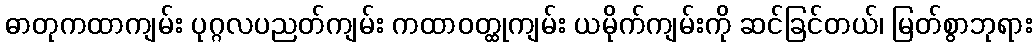
ဓာတုကထာကျမ်း ပုဂ္ဂလပညတ်ကျမ်း ကထာဝတ္ထုကျမ်း ယမိုက်ကျမ်းကို ဆင်ခြင်တယ်၊ မြတ်စွာဘုရား